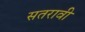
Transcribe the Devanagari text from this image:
सतरावी